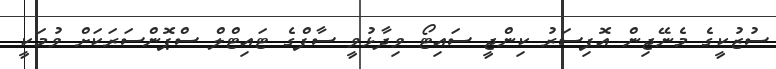
ސުޒުކީގެ މެނޭޖިން އޮފިސަރު ކިންޖީ ސައިޓޯ ވިދާޅުވީ ސާފްގެ ޓައިޓްލް ސްޕޮންސަރަކަށް ވުމަކީ